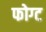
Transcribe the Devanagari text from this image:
फोग्ट